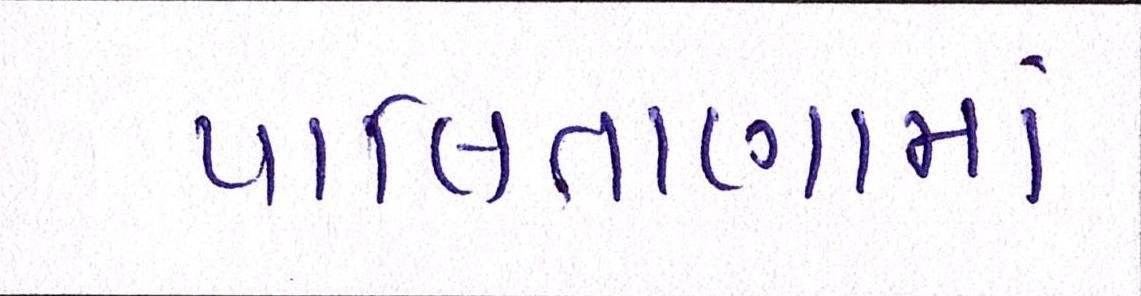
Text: પાલિતાણામાં